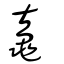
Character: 鼁